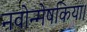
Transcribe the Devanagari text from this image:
नवोन्मेषकिया।